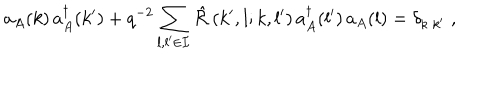
a _ { A } ( k ) \, a _ { A } ^ { \dagger } ( k ^ { \prime } ) + q ^ { - 2 } \sum _ { l , l ^ { \prime } \in { \cal I } } { \hat { \cal R } } \left( k ^ { \prime } , l ; k , l ^ { \prime } \right) a _ { A } ^ { \dagger } ( l ^ { \prime } ) \, a _ { A } ( l ) = \delta _ { k \; k ^ { \prime } } \; ,